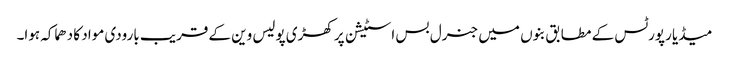
میڈیا رپورٹس کے مطابق بنوں میں جنرل بس اسٹیشن پر کھڑی پولیس وین کے قریب بارودی مواد کا دھماکہ ہوا۔